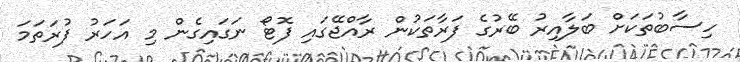
ހިސާބުތަކަށް ބަލާއިރު ބޭރުގެ ފަރާތަކުން ރާއްޖޭގައި ފޮޓޯ ނަގައިގެން މި އަހަރު ފުރަތަމަ